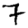
Digit: 7